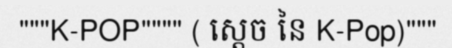
"""K-POP"""" ( ស្តេច នៃ K-Pop)"""